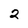
Character: 2